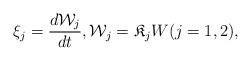
LaTeX: \begin{align*} \xi_j = \frac{d \mathcal W_j}{dt}, \mathcal W_j = \mathfrak K_j W (j=1,2),\end{align*}